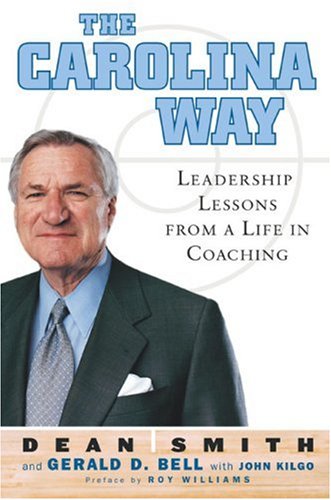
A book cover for The Carolina Way: Leadership Lessons from a Life in Coaching; Gerald D. Bell; Sports & Outdoors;